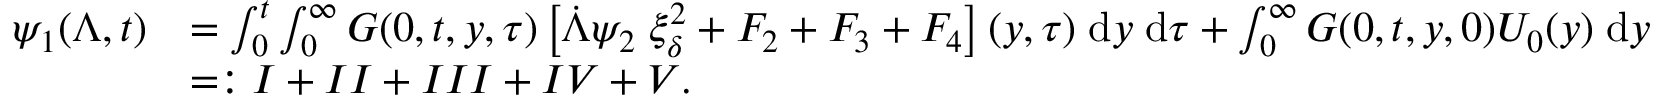
\begin{array} { r l } { \psi _ { 1 } ( \Lambda , t ) } & { = \int \displaylimits _ { 0 } ^ { t } \int \displaylimits _ { 0 } ^ { \infty } G ( 0 , t , y , \tau ) \left[ \dot { \Lambda } \psi _ { 2 } \; \xi _ { \delta } ^ { 2 } + F _ { 2 } + F _ { 3 } + F _ { 4 } \right] ( y , \tau ) \; \mathrm { d } y \; \mathrm { d } \tau + \int \displaylimits _ { 0 } ^ { \infty } G ( 0 , t , y , 0 ) U _ { 0 } ( y ) \; \mathrm { d } y } \\ & { = : I + I I + I I I + I V + V . } \end{array}